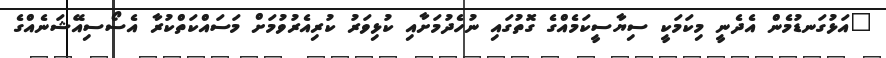
"އަޅުގަނޑުމެން އެދެނީ މިކަމަކީ ސިޔާސީކަމެއްގެ ގޮތުގައި ނުހެދުމަށާއި ކުޅިވަރު ކުރިއެރުވުމަށް މަސައްކަތްކުރާ އެސޯސިއޭޝަނެއްގެ